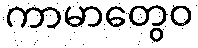
ကာမာတွေဝ